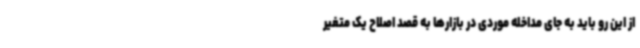
از این رو باید به جای مداخله موردی در بازارها به قصد اصلاح یک متغیر